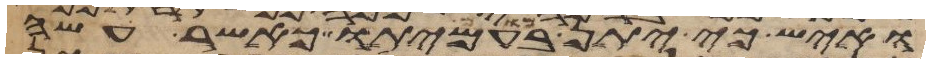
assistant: ואיש כי יתן מום בעמיתו כאשר עשה